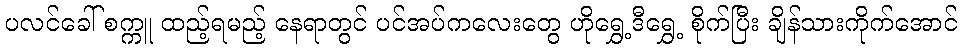
ပလင်ခေါ် စက္ကူ ထည့်ရမည့် နေရာတွင် ပင်အပ်ကလေးတွေ ဟိုရွှေ့ဒီရွှေ့ စိုက်ပြီး ချိန်သားကိုက်အောင်